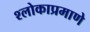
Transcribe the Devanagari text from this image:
श्लोकाप्रमाणे